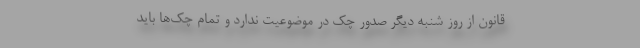
قانون از روز شنبه دیگر صدور چک در موضوعیت ندارد و تمام چک‌ها باید